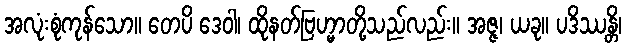
အလုံးစုံကုန်သော။ တေပိ ဒေဝါ၊ ထိုနတ်ဗြဟ္မာတို့သည်လည်း။ အဇ္ဇ၊ ယခု။ ပဒိဿန္တိ၊